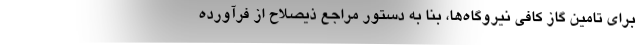
برای تامین گاز کافی نیروگاه‌ها، بنا به دستور مراجع ذیصلاح از فرآورده